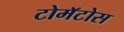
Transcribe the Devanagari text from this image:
टोमॅटोस